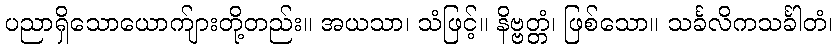
ပညာရှိသောယောက်ျားတို့တည်း။ အယသာ၊ သံဖြင့်။ နိဗ္ဗတ္တံ၊ ဖြစ်သော။ သင်္ခလိကသင်္ခါတံ၊